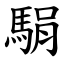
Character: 駽